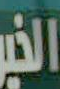
الخير